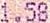
1.58